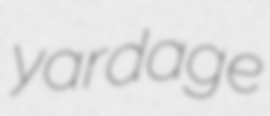
yardage